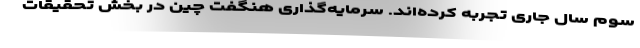
سوم سال جاری تجربه کرده‌اند. سرمایه‌گذاری هنگفت چین در بخش تحقیقات